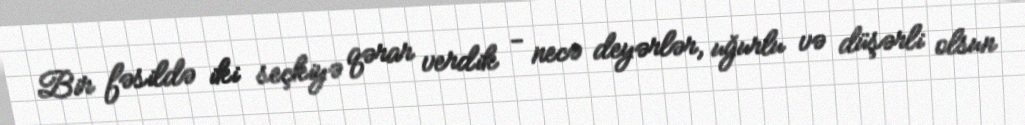
Bir fəsildə iki seçkiyə qərar verdik - necə deyərlər, uğurlu və düşərli olsun